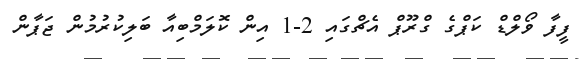
ފީފާ ވޯލްޑް ކަޕްގެ ގްރޫޕް އެޗްގައި 2-1 އިން ކޮލަމްބިއާ ބަލިކުރުމުން ޖަޕާން